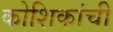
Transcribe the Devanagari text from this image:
कोशिकांची